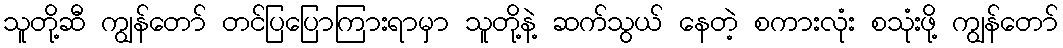
သူတို့ဆီ ကျွန်တော် တင်ပြပြောကြားရာမှာ သူတို့နဲ့ ဆက်သွယ် နေတဲ့ စကားလုံး စသုံးဖို့ ကျွန်တော်